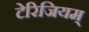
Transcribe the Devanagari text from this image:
टेरिजियम्